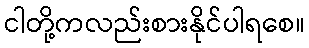
ငါတို့ကလည်းစားနိုင်ပါရစေ။